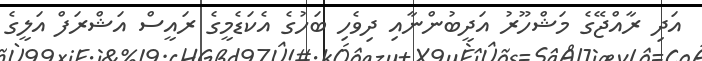
އަދި ރާއްޖޭގެ މަޝްހޫރު އަދީބުންނާއި ދިވެހި ބަހުގެ އެކަޑެމީގެ ރައީސް އަޝްރަފް އަލީގެ